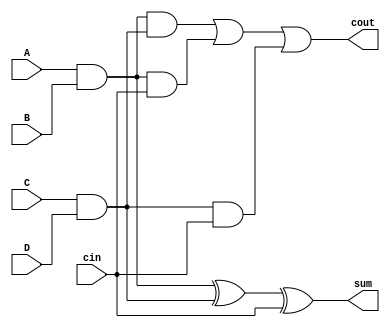
`timescale 1ns / 1ps
//////////////////////////////////////////////////////////////////////////////////
// Company: 
// Engineer: 
// 
// Design Name: 
// Module Name:    two_and_FA 
// Project Name: 
// Target Devices: 
// Tool versions: 
// Description: 
//
// Dependencies: 
//
// Revision: 
// Revision 0.01 - File Created
// Additional Comments: 
//
//////////////////////////////////////////////////////////////////////////////////
module two_and_FA(input A,B,C,D,cin,
    output cout ,sum
    );
wire and1,and2;
assign and1 = A&B;
assign and2 = C&D;
assign sum = and1^and2^cin;
assign cout = (and1 & and2 ) | (and1 & cin ) | (and2 & cin);

endmodule